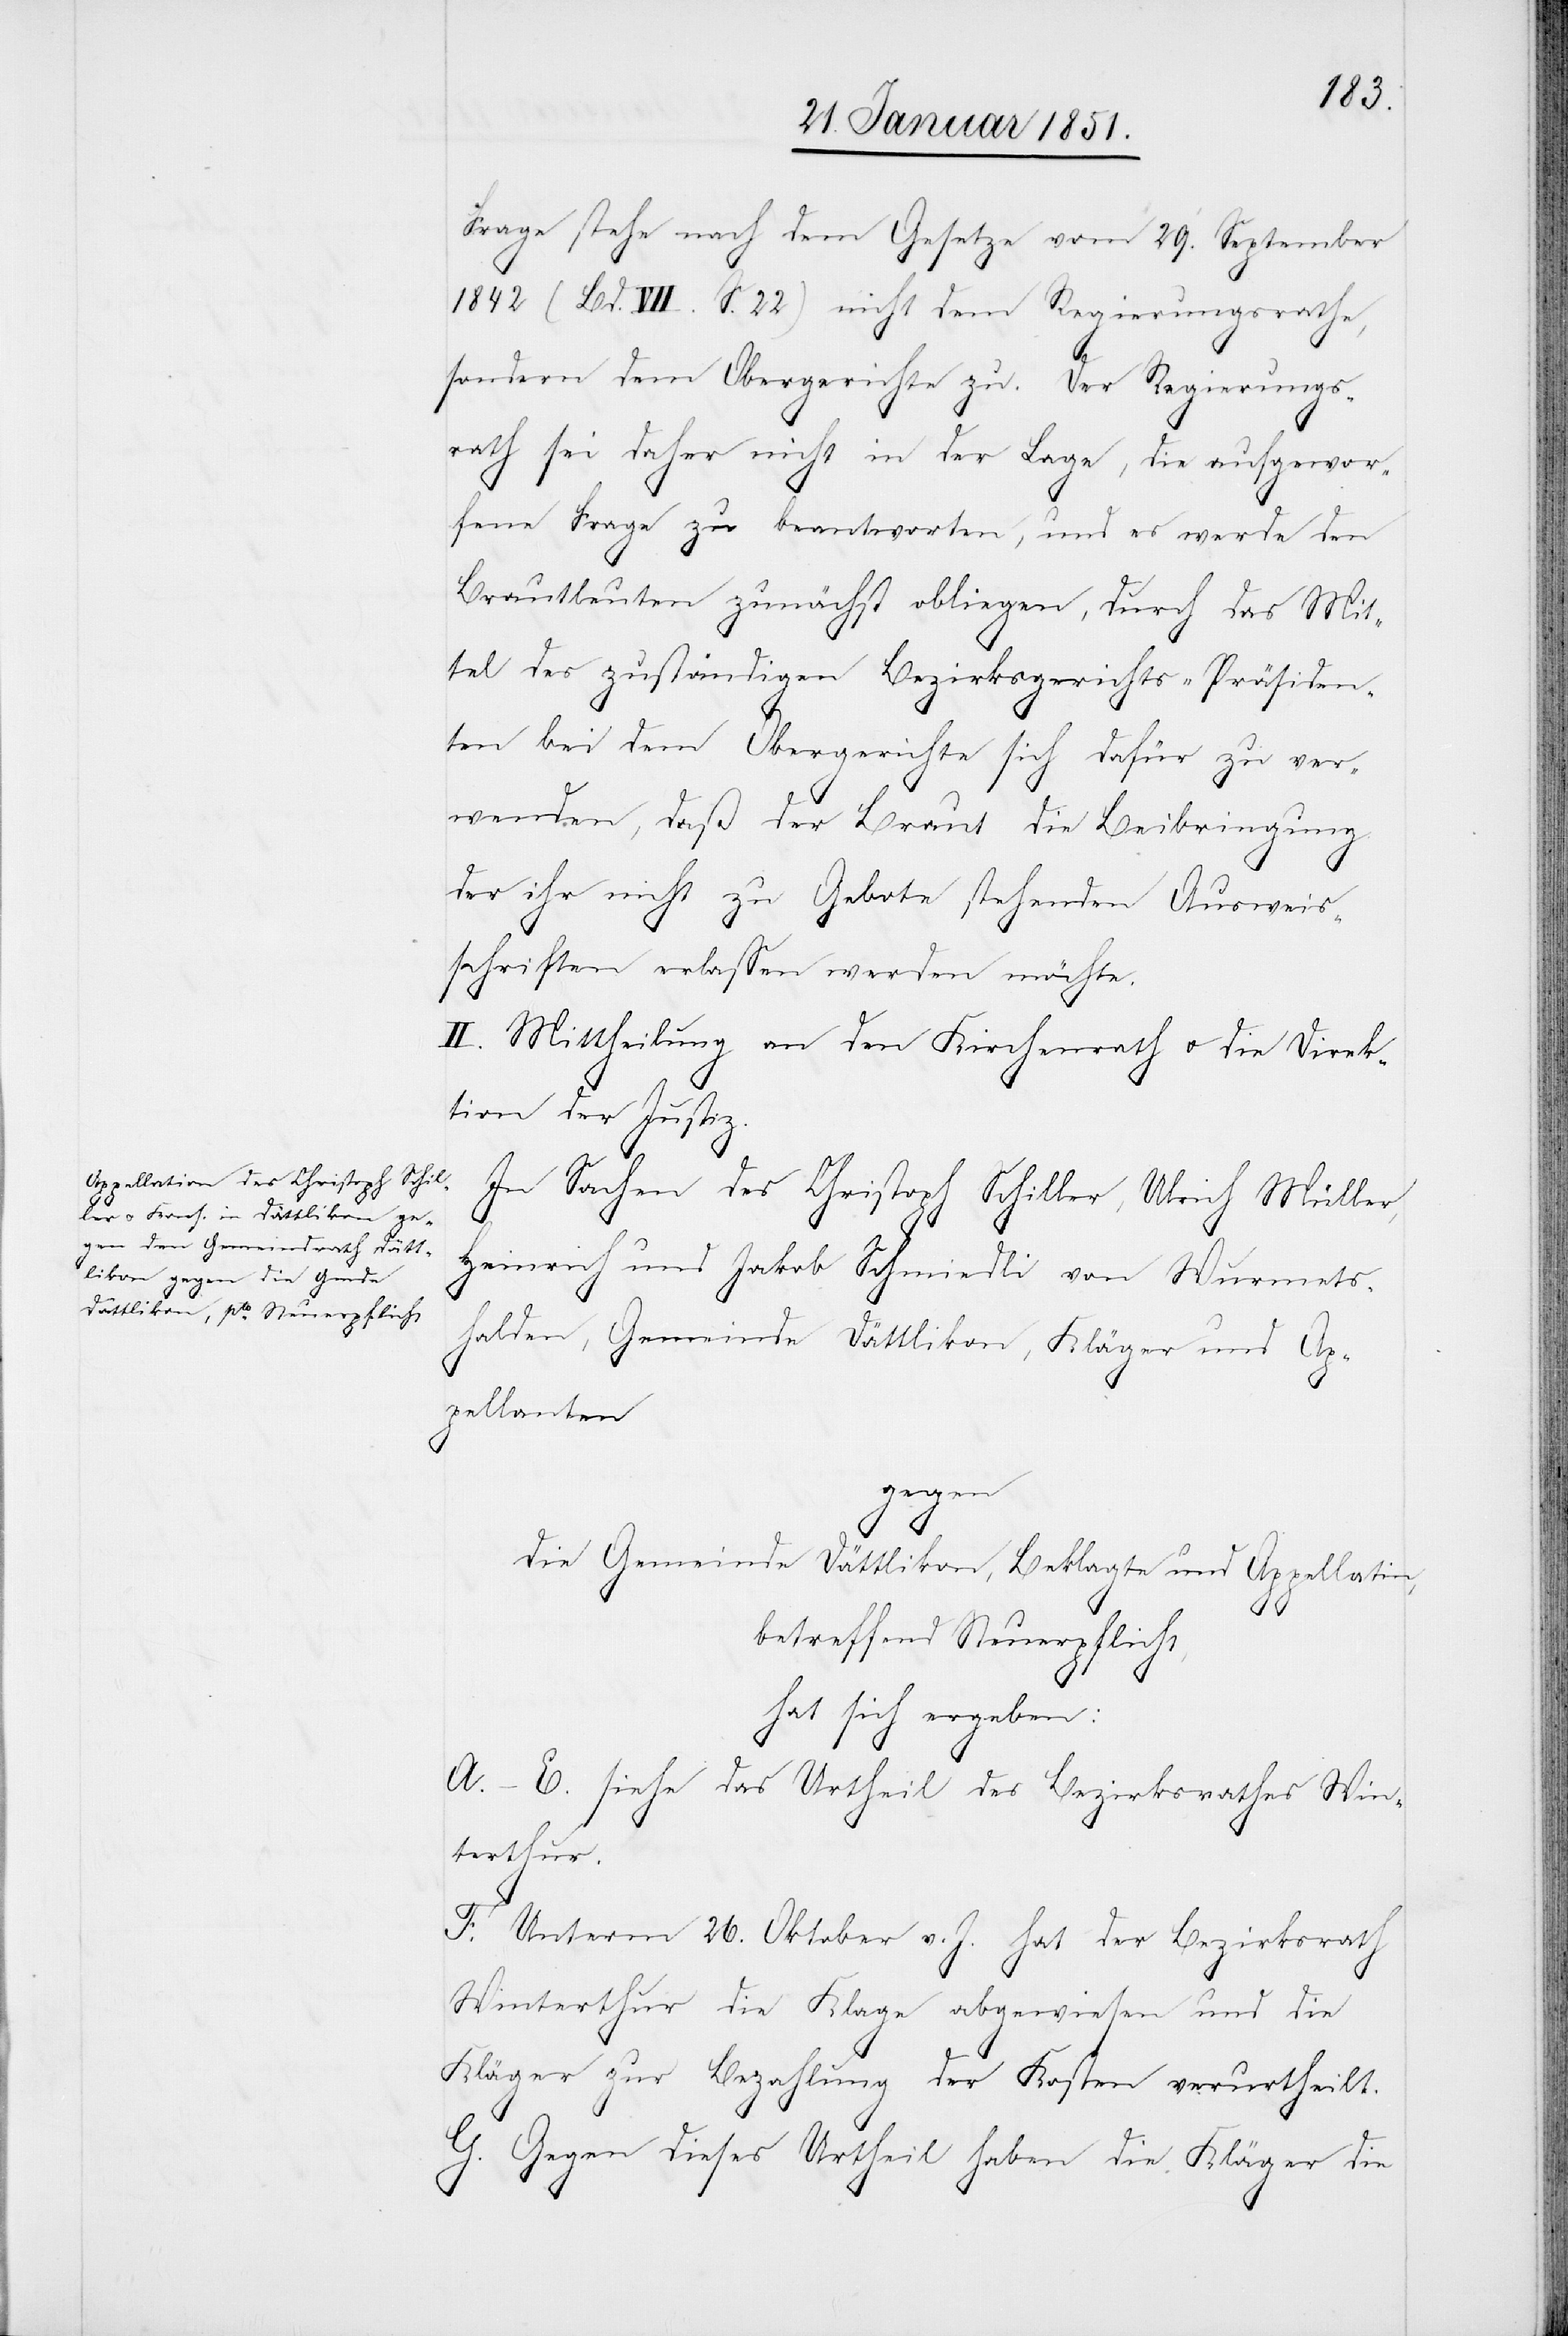
Frage stehe nach dem Gesetze vom 29. September
1842 (Bd. VII. S. 22) nicht dem Regierungsrathe,
sondern dem Obergerichte zu. Der Regierungs¬
rath sei daher nicht in der Lage, die aufgewor¬
fene Frage zu beantworten, und es werde den
Brautleuten zunächst obliegen, durch das Mit¬
tel des zuständigen Bezirksgerichts-Präsiden¬
ten bei dem Obergerichte sich dafür zu ver¬
wenden, daß der Braut die Beibringung
der ihr nicht zu Gebote stehenden Ausweis¬
schriften erlassen werden möchte.
II. Mittheilung an den Kirchenrath u. die Direk¬
tion der Justiz.
In Sachen des Christoph Schiller, Ulrich Müller,
Heinrich und Jakob Schmiedli von Wurmets¬
halden, Gemeinde Dättlikon, Kläger und Ap¬
pellanten
gegen
die Gemeinde Dättlikon, Beklagte und Appellatin,
betreffend Steuerpflicht,
hat sich ergeben:
A.–E. siehe das Urtheil des Bezirksrathes Win¬
terthur.
F. Unterm 26. Oktober v. J. hat der Bezirksrath
Winterthur die Klage abgewiesen und die
Kläger zur Bezahlung der Kosten verurtheilt.
G. Gegen dieses Urtheil haben die Kläger die